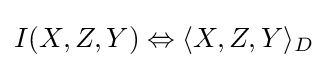
I(X,Z,Y)\Leftrightarrow \langle X,Z,Y\rangle _{D}